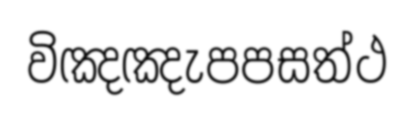
විඤඤැපපසත්ථ